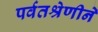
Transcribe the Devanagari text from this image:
पर्वतश्रेणीने